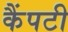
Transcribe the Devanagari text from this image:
कैंपटी